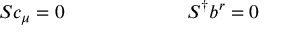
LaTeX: S c _ { \mu } = 0 ~ ~ ~ ~ ~ ~ ~ ~ ~ ~ ~ ~ ~ ~ ~ ~ ~ ~ ~ S ^ { \dagger } b ^ { r } = 0